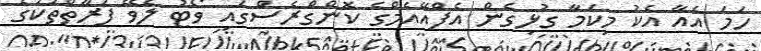
ހަމަ އެއާ އެކު މިކަމާ ގުޅިގެން އެފްއޭއެމްގެ ކޮންގްރެސްގައި ވޯޓު ލެވޭ ފަރާތްތަކުގެ